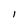
Character: I